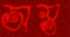
অস্ত